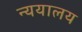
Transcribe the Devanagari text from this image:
न्ययालय